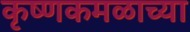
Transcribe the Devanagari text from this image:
कृष्णकमळाच्या